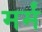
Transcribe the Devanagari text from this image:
मर्मं